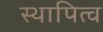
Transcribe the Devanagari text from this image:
स्थापित्व